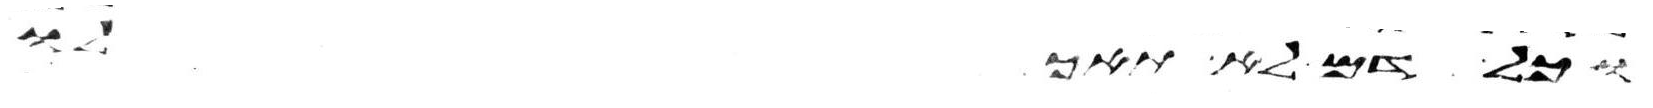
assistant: וכל דם לא תאכלו